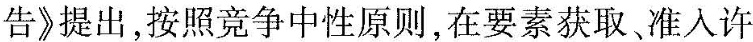
告》提出，按照竞争中性原则，在要素获取准入许